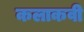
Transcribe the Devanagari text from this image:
कलाकवी